Vaccination report Assam 1896-1927 - 1896-1927
Year: 1896
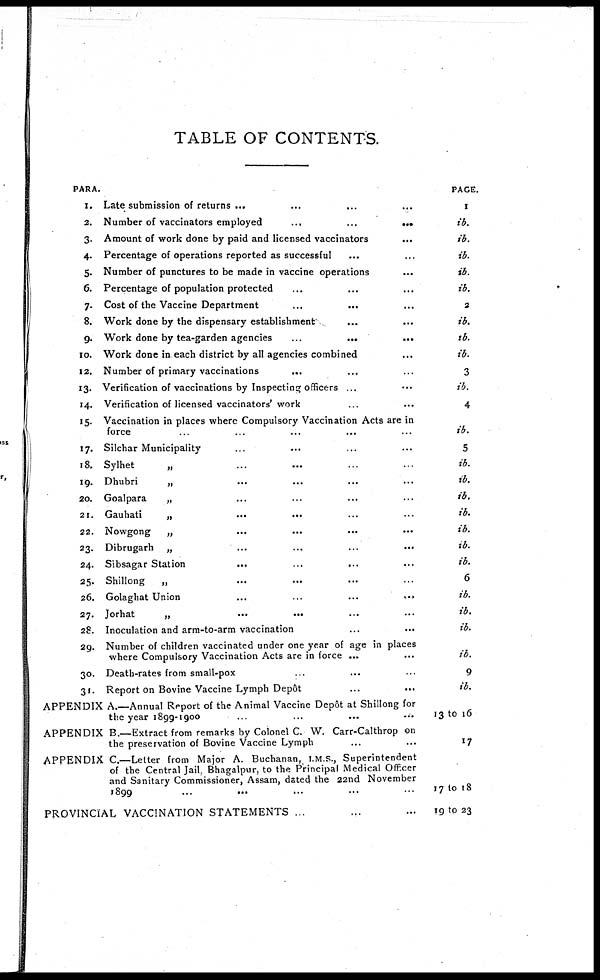
TABLE OF CONTENTS.
PARA.
1.
2.
3.
4.
5.
6.
7.
8.
9.
10.
12.
13.
14.
15.
17.
18.
19.
20.
21.
22.
23.
24.
25.
26.
27.
28.
29.
30.
31.
Late submission of
returns...
...
...
Number of vaccinators
employed...
...
...
Amount of work done by paid and licensed vaccinators...
Percentage of operations reported as successful... ... ...
Number of punctures to be made in vaccine operations... ...
Percentage of population protected... ... ... ...
Cost of the Vaccine
Department...
...
Work done by the dispensary establishment... ... ...
Work done by tea-garden agencies... ... ...
Work done in each district by all agencies combined...
Number of primary
vaccinations...
Verification of vaccinations by Inspecting
officers...
Verification of licensed vaccinators' work...
Vaccination in places where Compulsory Vaccination Acts are in
force... ... ... ...
Silchar Municipality... ...
Sylhet
„ ...
Dhubri
„ ...
Goalpara
„ ...
Gauhati
„
...
...
Nowgong
„ ...
Dibrugarh„ ...
Sibsagar
Station...
...
...
Shillong
„
...
...
Golaghat
Union...
...
...
...
Jorhat„
...
...
...
...
Inoculation and arm-to-arm vaccination ... ...
Number of children vaccinated under one year of age in places
where Compulsory Vaccination Acts are in force ...
Death-rates from small-pox... ...
Report on Bovine Vaccine Lymph
Depôt...
...
APPENDIX A.—Annual Report of the Animal Vaccine Depôt at Shillong for
the year
1899-1900...
...
...
...
APPENDIX B.—Extract from remarks by Colonel C. W. Carr-Calthrop on
the preservation of Bovine Vaccine Lymph...
APPENDIX C.—Letter from Major A. Buchanan, I.M.S., Superintendent
of the Central Jail, Bhagalpur, to the Principal Medical Officer
and Sanitary Commissioner, Assam, dated the 22nd November
1899...
...
PROVINCIAL VACCINATION STATEMENTS...
PAGE.
1
ib.
ib.
ib.
ib.
ib.
2
ib.
ib.
ib.
3
ib.
4
ib.
5
ib.
ib.
ib.
ib.
ib.
ib.
ib.
6
ib.
ib.
ib.
ib.
9
ib.
13 to 16
17
17 to 18
19 to 23